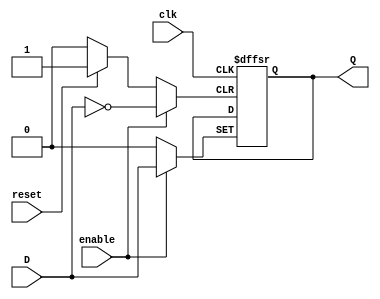
///// ELECTRNICA DIGITAL 1
///// AXEL MAZARIEGOS - 131212
///// 30 - OCTUBRE - 2020
/////
///// LABORATORIO 09
///// EJERCICIO 03


// Flip Flop tipo D
module FFD(input wire clk, reset, enable, D, output reg Q);

  always @(posedge clk or posedge reset or posedge enable)
    begin
      if (reset) Q <= 1'b0;
      else if (enable) Q <= D;
      else Q <= Q;
    end

endmodule


// Flip Flop tipo J K
module FFJK(input wire clk, reset, enable, J, K, output wire Q);

  wire nQ, nK, a1, a2, D;

  // not (salida, entrada);
  // or (salida, entrada1, entrada2, entrada3, etc);
  // and (salida, entrada1, entrada2, entrada3, etc);
  not U1(nQ, Q);
  not U2(nK, K);

  and U3(a1, nQ, J);
  and U4(a2, Q, nK);
  
  or  U5(D, a1, a2);

  FFD U6(clk, reset, enable, D, Q);
  
  
endmodule